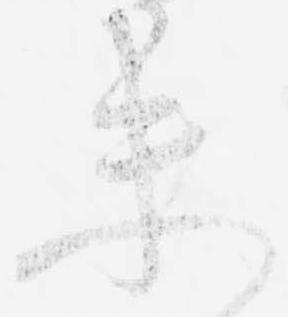
未